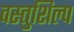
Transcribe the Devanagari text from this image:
वस्तुशिल्प